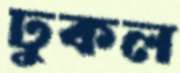
ঢুকল